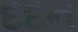
દદન